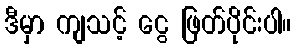
ဒီမှာ ကျသင့် ငွေ ဖြတ်ပိုင်းပါ။